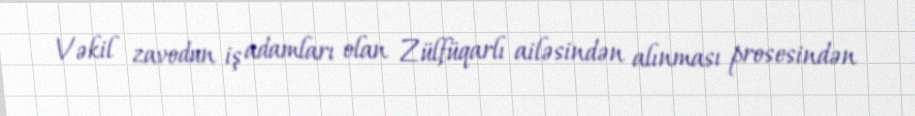
Vəkil zavodun iş adamları olan Zülfüqarlı ailəsindən alınması prosesindən